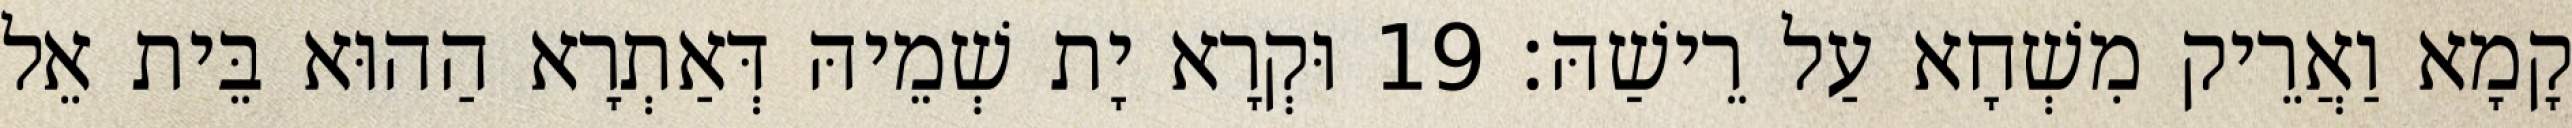
קָמָא וַאֲרֵיק מִשְׁחָא עַל רֵישַׁהּ׃ 19 וּקְרָא יָת שְׁמֵיהּ דְּאַתְרָא הַהוּא בֵּית אֵל